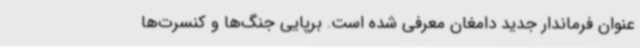
عنوان فرماندار جدید دامغان معرفی شده است. برپایی جنگ‌ها و کنسرت‌ها